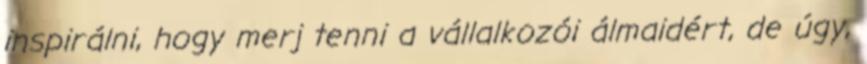
inspirálni, hogy merj tenni a vállalkozói álmaidért, de úgy,